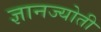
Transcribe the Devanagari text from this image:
ज्ञानज्योती